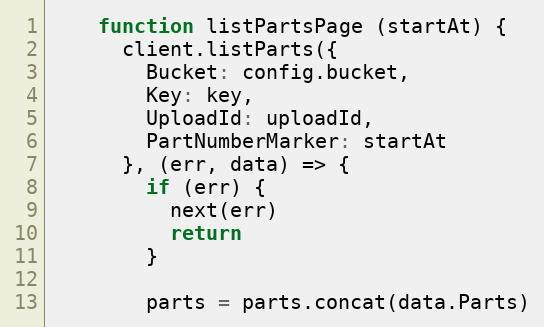
Language: JavaScript
    function listPartsPage (startAt) {
      client.listParts({
        Bucket: config.bucket,
        Key: key,
        UploadId: uploadId,
        PartNumberMarker: startAt
      }, (err, data) => {
        if (err) {
          next(err)
          return
        }

        parts = parts.concat(data.Parts)